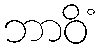
ဘာဝိံ